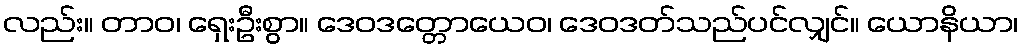
လည်း။ တာဝ၊ ရှေးဦးစွာ။ ဒေဝဒတ္တောယေဝ၊ ဒေဝဒတ်သည်ပင်လျှင်။ ယောနိယာ၊